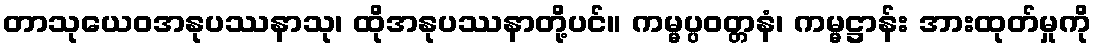
တာသုယေဝအနုပဿနာသု၊ ထိုအနုပဿနာတို့ပင်။ ကမ္မပ္ပဝတ္တနံ၊ ကမ္မဋ္ဌာန်း အားထုတ်မှုကို